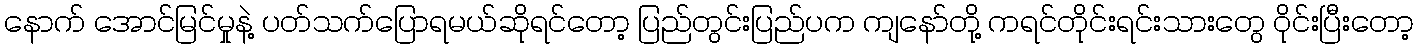
နောက် အောင်မြင်မှုနဲ့ ပတ်သက်ပြောရမယ်ဆိုရင်တော့ ပြည်တွင်းပြည်ပက ကျနော်တို့ ကရင်တိုင်းရင်းသားတွေ ဝိုင်းပြီးတော့